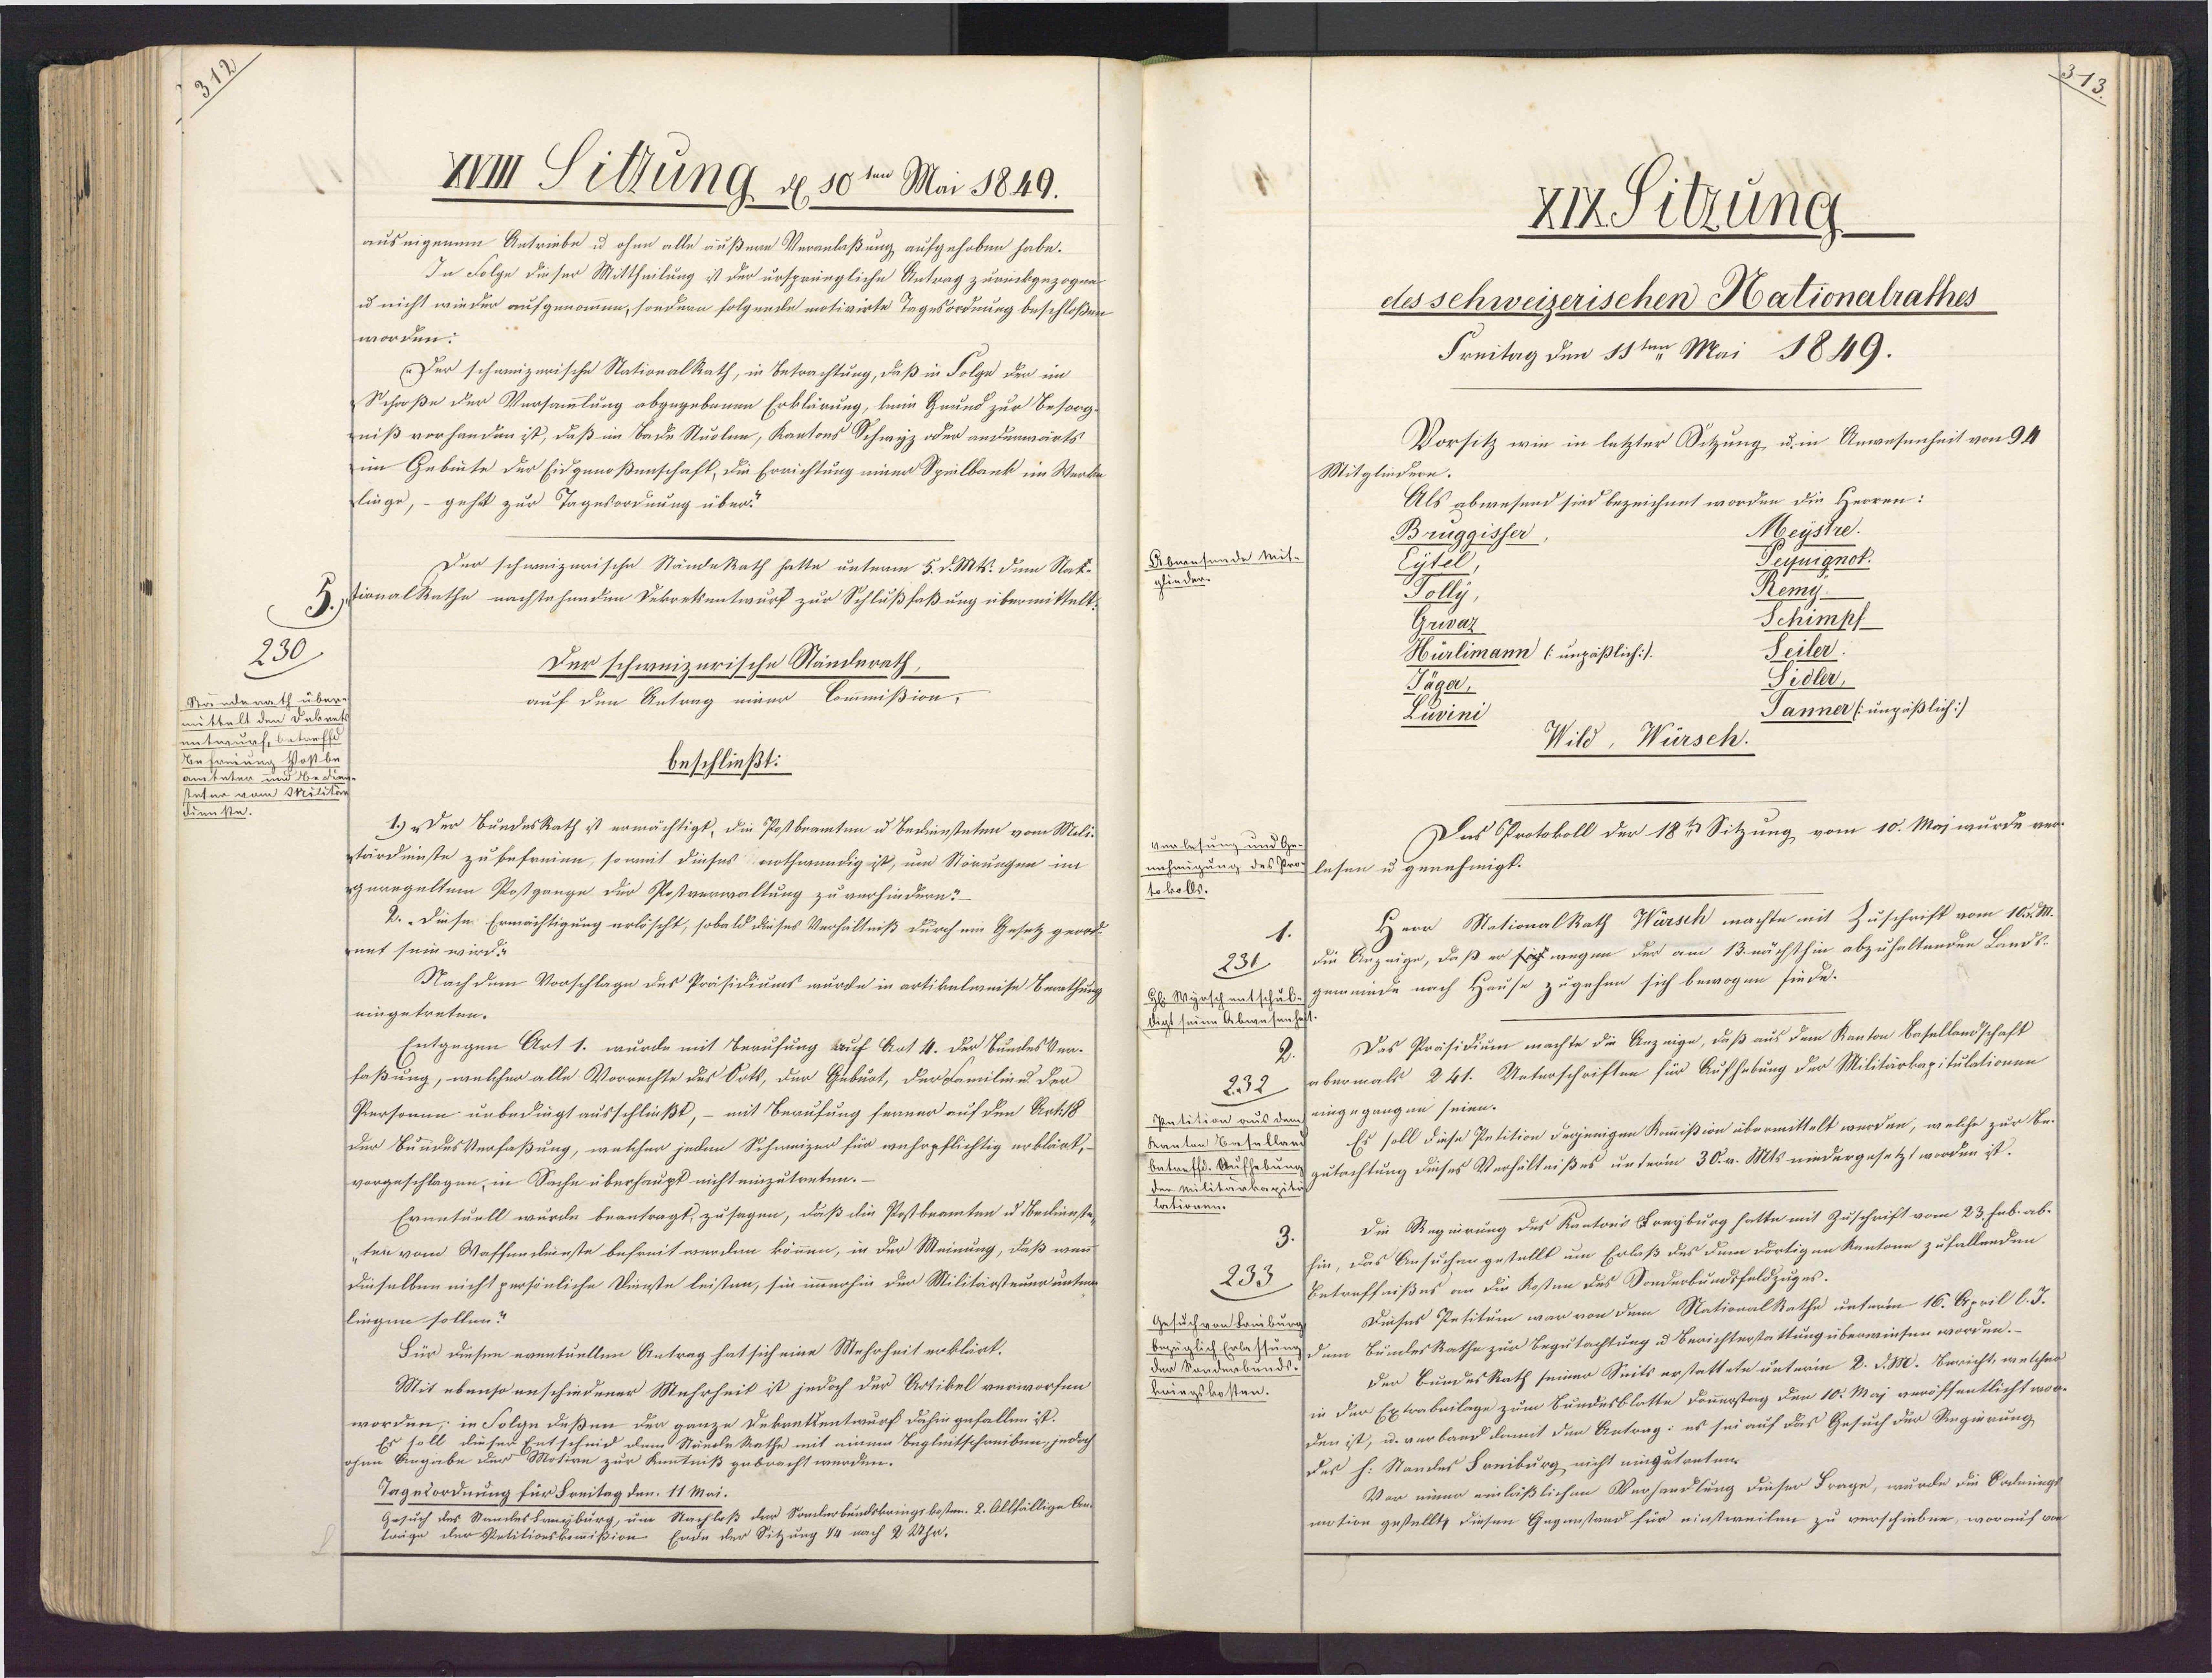
a

XIIII Sittung, d 10ten Mai 1849.
aus eigenem Antriebe u ohne alle äußere Veranlaßung aufgehoben habe.
In Folge dieser Mittheilung ist der ursprüngliche Antrag zurückgezogen
u nicht wieder aufgenommen, sondern folgende motivirte Tagesordnung beschloßen
worden:
Der schweizerische Nationalkath, in Betrachtung, daß in Folge den im
Schroße der Versammlung abgegebenen Erklärung, kein Grund zur Besorg¬
niß vorhanden ist, daß im Bade Stuolen, Kantons Schwyz oder andenwärts¬
im Gebute der Eidgenoßenschaft, die Errichtung einer Spielbank im Werke
linge, - gehtt zur Tagesordnung über"
Der schweizerische StändeRath hatte unterm 5. d. Mts. dem Stat¬
H.stionalRathe nachtehenden Dekreksentwurf zur Schlußfaßung übermittelt.
230
Der schweizerische Ständnrath
auf den Antrag einer Commißion,
Ständerath über
mittelt den Dakrel
entwurf, betreffd
Befreiung Hostb.
beschließt:
aniteten und Nede
stater vom Mtilit
Dienste.
1.) Der BundesRath ist ermächtigt, die Postbeamten u Bediensteten vom Mili¬¬
stärdninste zu befreien, soweil dieses nothwendig ist, un Störungen im
geregeltem Postgange der Postverwaltung zu verhindern?
2. „Diese Ermächtigung erlöscht, sobald dieses Verhältniß durch ein Gesetz georde
Innt sein wird?
Nach dem Vorschlage des Präsidiums wurde in artikelweise Berathung
eingetreten.
Entgegen Art 1. wurde mit Berufung auf Art 4. der BundesVer-
faßung, welcher alle Vorrechte des Orts, der Gebuot, der Familinu der
Persomen unbedingt ausschließt, – mit Berufung ferner auf den Art: 18
Der BundesVerfaßung, welcher jeden Schmeizer für wehrpflichtig erklärt,
vorgeschlagen, in Sache überhaupt nicht einzutreten. —
Ernntuell wurde beantragt, zu sagen, daß die Postbeamten u dbedienste¬
ten vom Waffendeinste befreit werden können, in der Meinung, daß wenn
Dieselben nicht persönliche Dinste leisten, sie immerhin der Militärsteuer unte
lingen sollen?
Für diesen eventuellen Antrag hat sich eine Mehrheit erklärt.
Mit ebenso anschiedener Mehrheit ist jedoch der Artikel verworfen
worden; in Folge deßen der ganze Dekratsentwurf dahin gefallen ist.
Es soll dieser Entscheid dem Stuede Rathe mit einem Begleitschreiben, jedoch
ohne Angabe der Motive zur Anntniß gebracht werden.
Tagesordnung für Freitag den 11 Mai.
Gesuch des Standesbreyburg, um Nachloß der Sonderbundskringskosten. 2. Allfällige An
lange der Potitionskommißion. Ende der Sitzung 14 nach 2 Uhr.

XIx Sitzung
des schweizerischen Hationalrathes
Freitag den 18ten Mai 1849.
Vorsitz wie in letzter Sitzung, u. in Anwesenheit von 94
Mitglindern.
Als abwesend sind bezeichnet worden die Herren:
Meystre.
Bruggisser
Abwesende Mit-
Seynignot.
Eytel
glieder.
Remy.
Tolly
Schimpf
Grivaz
Seiler.
Hürlimann (unzäßlich:/
Sidler
Jager,
Janner (ungäßlich]
Luvini
Wild, Würsch.
Das Protokoll der 18t Sitzung vom 10. Maj wurde ver¬
Vorlesung und Ge¬
unzeügung des Pro lesen u genehmigt.
toholls.
Herr NationalRath Würsch machte mit Zuschrift vom 102 M.
die Anzeige, daß er fic wegen der am 13. nächsthin abzuhaltenden Lands-
231
Gl. Sgeschentschul gemeinde nach Hause zugehen sich bewogen fiede.
digt seine Abwesenhaf
Das Präsidium machte die Anzeige, daß aus dem Kanton Basellandschaft
abermals 241. Unterschriften für Aufhebung der Militärkapitulationen
232
Pntition aus den eingegangen seien.
Es soll diese Petition derjenigen Kommißion übermittelt werden, welche zur Be¬
Kanton Casellan
Betreff. Aufhebung gutachtung dieses Verhältnißes unterm 30. v. Mts niedergesetzt worden ist.
der Militarkapitih
lationen.
Die Regnirung des Kantons Freyburg hatte mit Zuschrift vom 23. Fub. ab¬
hin, das Ansuchen gestellt um Erlaß des dem rortigen Kantone zufallenden
233
Betreffnißes an die Kosten des Sonderbundsfeldzuges.
Dieses Petitum war von dem NationalRathe unterm 16. April l. J.
Gesuch von Bomibur
bezüglich Erlaesung dem BundesRathe zur Begutachtung u Berichterstattung überwiesen worden.
der Sonderbunds
Der BundesRath seiner Seits erstattete unterm 2. d. M. Bericht, welches
kringskosten.
in der Extrabeilage zum Bundesblatte Donnerstag den 10. Maj veröffentlicht wor¬
den ist, u. verband damit den Antrag: es sei auf das Gesuch der Regierung
des h. Standes Freiburg nicht eingutreten
Vor einer einläßlichen Verhandlung dieser Frage, wurde die Oodnungs
motion gestellt, diesen Gegenstand für einstweilen zu verschieben, worauf von

N